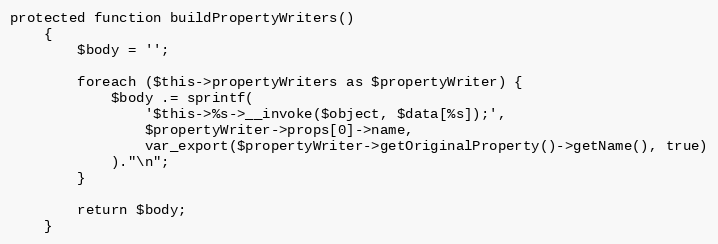
Language: PHP
protected function buildPropertyWriters()
    {
        $body = '';

        foreach ($this->propertyWriters as $propertyWriter) {
            $body .= sprintf(
                '$this->%s->__invoke($object, $data[%s]);',
                $propertyWriter->props[0]->name,
                var_export($propertyWriter->getOriginalProperty()->getName(), true)
            )."\n";
        }

        return $body;
    }